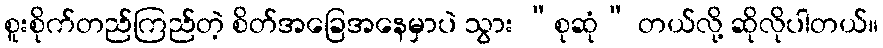
စူးစိုက်တည်ကြည်တဲ့ စိတ်အခြေအနေမှာပဲ သွား “စုဆုံ” တယ်လို့ ဆိုလိုပါတယ်။